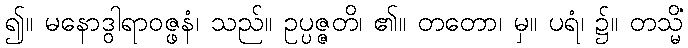
၍။ မနောဒွါရာဝဇ္ဖနံ၊ သည်။ ဥပ္ပဇ္ဇတိ၊ ၏။ တတော၊ မှ။ ပရံ၊ ၌။ တသ္မိံ